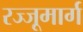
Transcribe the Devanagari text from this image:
रज्जूमार्ग